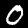
Label: 0